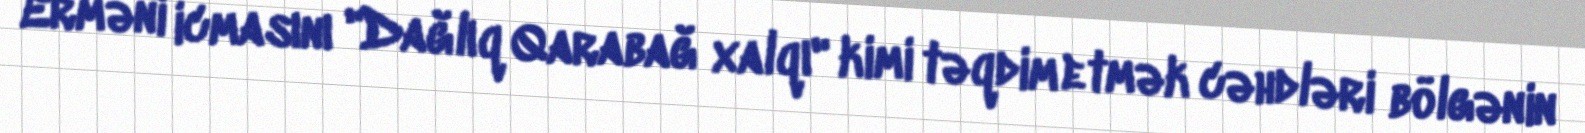
Erməni icmasını "Dağlıq Qarabağ xalqı" kimi təqdim etmək cəhdləri bölgənin